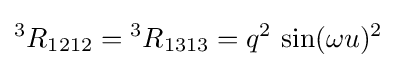
{{}^{3}R}_{1212}={{}^{3}R}_{1313}=q^{2}\,\sin(\omega u)^{2}